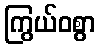
ကြွယ်ဝစွာ